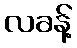
လခန့်